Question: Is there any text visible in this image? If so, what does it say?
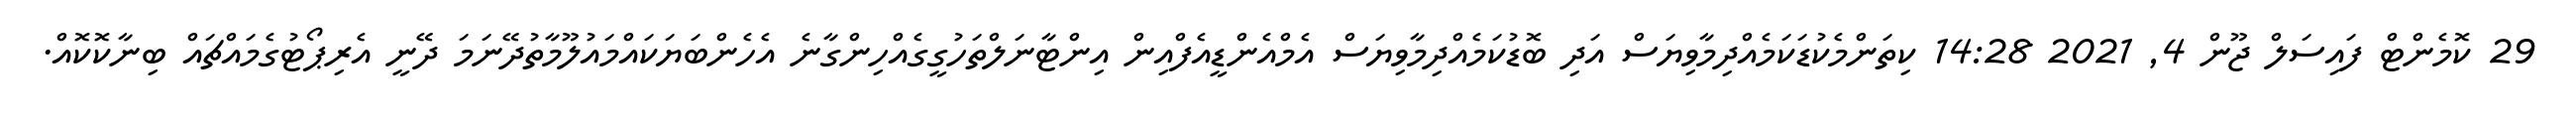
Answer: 29 ކޮމެންޓް ފައިސަލް ޖޫން 4, 2021 14:28 ކިތަންމެކުޑަކަމެއްދިމާވިޔަސް އަދި ބޮޑުކަމެއްދިމާވިޔަސް އެމްއެންޑީއެފްއިން އިންޓާނަލްތަހުގީގެއްހިންގާނެ އެހެންބަޔަކައްމައުލޫމާތުދޭނަމަ ދޭނީ އެރިޕޯޓުގެމައްޗައް ބިނާކޮކޮއް.